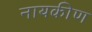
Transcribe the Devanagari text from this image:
नायकीण